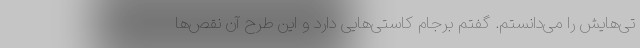
تی‌هایش را می‌دانستم. گفتم برجام کاستی‌هایی دارد و این طرح آن نقص‌ها